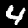
Digit: 4